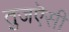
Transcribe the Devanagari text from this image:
तुजऎसी